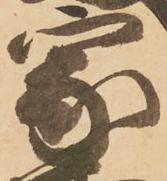
家